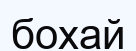
бохай